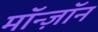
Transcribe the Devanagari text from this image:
मॉन्ज़ॉन